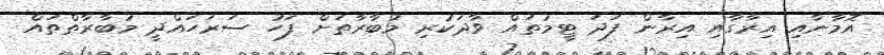
އޮމާނާއި އިރާގާއި އިރާން ފަދަ ޓީމުތައް ވާދަކުރި މުބާރާތަށް ފަހު ސަރަހައްދީ މުބާރާތްތައް